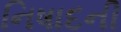
નિષાદની